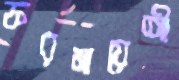
ফরমায়েশী